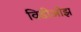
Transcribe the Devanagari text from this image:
विडीओझ